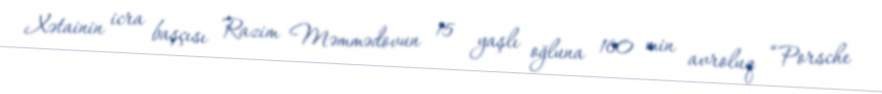
Xətainin icra başçısı Razim Məmmədovun 15 yaşlı oğluna 160 min avroluq “Porsche